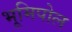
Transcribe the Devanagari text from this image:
भूमिपोल